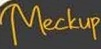
Mekup